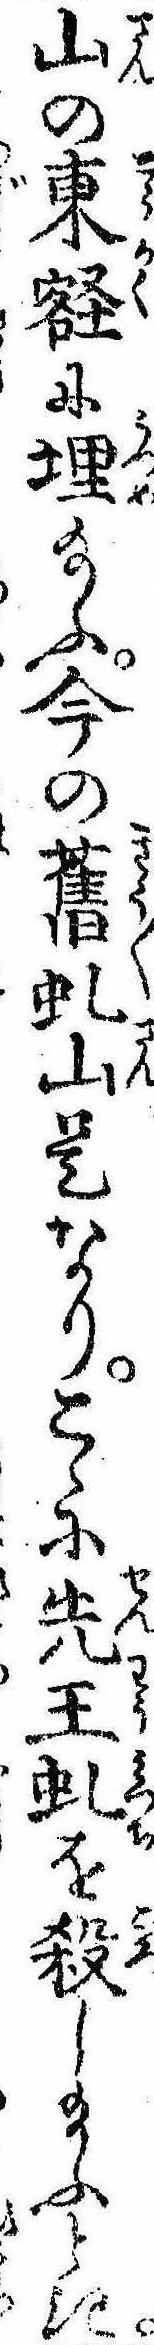
山の東壑に埋給ふ今の旧虬山是なりこゝに先王虬を殺し給ふとき